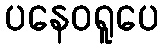
ပနေဝရူပေ